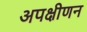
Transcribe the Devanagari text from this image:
अपक्षीणन